Medical and sanitary report of the native army of Bengal for the year
Year: 1877
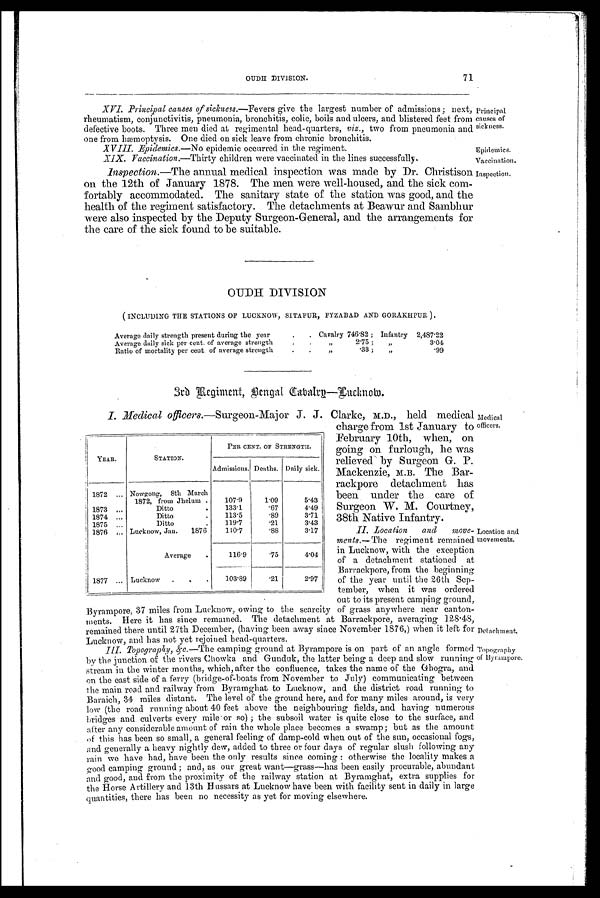
Principal
causes of
sickness.
Epidemics.
Vaccination.
Inspection,
Medical
officers,
Location and
movements.
Detachment.
Topography
of Byrampore.
71
OUDH DIVISION.
XVI. Principal causes of sickness.—Fevers give the largest number of admissions; next,
rheumatism, conjunctivitis, pneumonia, bronchitis, colic, boils and ulcers, and blistered feet from
defective boots. Three men died at regimental head-quarters, viz., two from pneumonia and
one from hæmoptysis. One died on sick leave from chronic bronchitis.
XVIII. Epidemics.—No epidemic occurred in the regiment.
X I X . V a c c i n a t i o n . —
T h i r t y
c h i l d r e n w e r e v a c c i n a t e d i n t h e l i n e s s u c c e s s f u l l y .
Inspection.—The annual medical inspection was made by Dr. Christison
on the 12th of January 1878. The men were well-housed, and the sick com-
fortably accommodated. The sanitary state of the station was good, and the
health of the regiment satisfactory. The detachments at Beawur and Sambhur
were also inspected by the Deputy Surgeon-General, and the arrangements for
the care of the sick found to be suitable.
OUDH DIVISION
( INCLUDING THE STATIONS OF LUCKNOW, SITAPUR, FYZABAD AND GORAKHPUR ).
Average daily strength present during the year
.
. Cavalry 746.82 ; Infantry 2,487.22
Average daily sick per cent, of average strength
•
.
„
2.75 ;
„
3.04
Ratio of mortality per cent. of average strength
.
•
„
.33 ;
„
.99
3rd Regiment, Bengal. Cavalry—Lucknow.
I. Medical officers.—Surgeon-Major J. J. Clarke, M.D., held medical
charge from 1st January to
February 10th, when, on
going on furlough, he was
relieved by Surgeon G. P.
Mackenzie, M.B. The Bar-
rackpore detachment has
been under the care of
Surgeon W. M. Courtney,
38th Native Infantry.
II. Location and move-
ments.— The regiment remained
in Lucknow, with the exception
of a detachment stationed at
Barrackpore, from the beginning
of the year until the 26th Sep-
tember, when it was ordered
out to its present camping ground,
Byrampore, 37 miles from Lucknow, owing to the scarcity of grass anywhere near canton-
ments. Here it has since remained. The detachment at Barrackpore, averaging 128.48,
remained there until 27th December, (having been away since November 1876,) when it left for
Lucknow, and has not yet rejoined head-quarters.
III. Topography, &c.— The camping ground at Byrampore is on part of an angle formed
by the junction of the rivers Chowka and Gunduk, the latter being a deep and slow running
stream in the winter months, which, after the confluence, takes the name of the Ghogra, and
on the east side of a ferry (bridge-of-boats from November to July) communicating between
the main road and railway from Byramghat to Lucknow, and the district road running to
Baraich, 34 miles distant. The level of the ground here, and for many miles around, is very
low (the road running about 40 feet above the neighbouring fields, and having numerous
bridges and culverts every mile-or so) ; the subsoil water is quite close to the surface, and
after any considerable amount of rain the whole place becomes a swamp; but as the amount
of this has been so small, a general feeling of damp-cold when out of the sun, occasional fogs,
and generally a heavy nightly dew, added to three or four days of regular slush following any
rain we have had, have been the only results since coming: otherwise the locality makes a
good camping ground; and, as our great want—grass—has been easily procurable, abundant
and good, and from the proximity of the railway station at Byramghat, extra supplies for
the Horse Artillery and 13th Hussars at Lucknow have been with facility sent in daily in large
quantities, there has been no necessity as yet for moving elsewhere.
YEAR.
STATION.
PER CENT. OF STRENGTH.
Admissions. Deaths. Daily sick.
1872 ... Nowgong, 8th March
. . . 1872, from Jhelum .
107.9
1.09
5.43
1873
. . .
Ditto
.
133.1
.67
4.49 ,
1874 ...
Ditto
.
113.5
.89
3.71
1875 ...
Ditto
.
119.7
.21
3.43
1876 ... Lucknow, Jan.
1876
110.7
.88
3.17
Average
.
116.9 .75
4.04
1877 ... Lucknow
.
.
.
103.89
.21
2.97